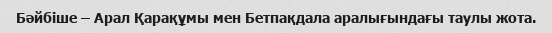
Бәйбіше – Арал Қарақұмы мен Бетпақдала аралығындағы таулы жота.